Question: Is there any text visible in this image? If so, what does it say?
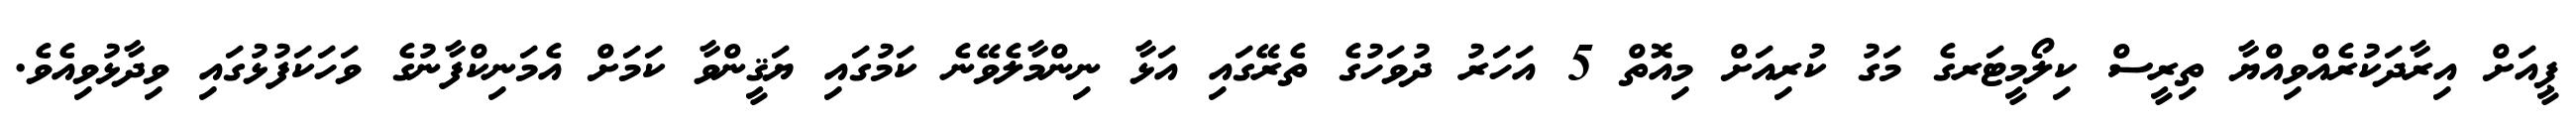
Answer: ޕީއަށް އިރާދަކުރެއްވިއްޔާ ތިރީސް ކިލޯމީޓަރގެ މަގު ކުރިއަށް މިއޮތް 5 އަހަރު ދުވަހުގެ ތެރޭގައި އަޅާ ނިންމާލެވޭނެ ކަމުގައި ޔަޤީންވާ ކަމަށް އެމަނިކްފާނުގެ ވަހަކަފުޅުގައި ވިދާޅުވިއެވެ.